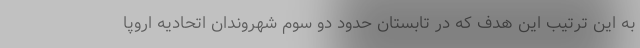
به این ترتیب این هدف که در تابستان حدود دو سوم شهروندان اتحادیه اروپا